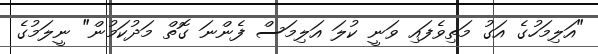
"އަލިމަހުގެ އަގު މަތިވެފައި ވަނީ ކުލަ އަލިމަސް ފެންނަ ގޮތް މަދުކަމުން" ނީލަމުގެ